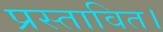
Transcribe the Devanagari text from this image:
प्रस्तावित।